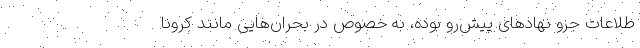
طلاعات جزو نهادهای پیش‌رو بوده، به خصوص در بحران‌هایی مانند کرونا